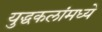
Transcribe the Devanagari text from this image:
युद्धकलांमध्ये